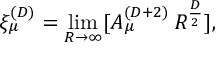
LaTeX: \xi _ { \mu } ^ { ( D ) } = \operatorname * { l i m } _ { R \rightarrow \infty } [ A _ { \mu } ^ { ( D + 2 ) } \, R ^ { \frac { D } { 2 } } ] ,